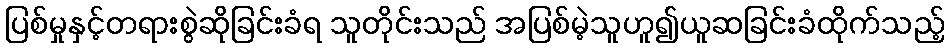
ပြစ်မှုနှင့်တရားစွဲဆိုခြင်းခံရ သူတိုင်းသည် အပြစ်မဲ့သူဟူ၍ယူဆခြင်းခံထိုက်သည့်